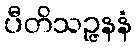
ပီတိသဉ္ဇနနံ